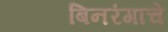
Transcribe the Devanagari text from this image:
बिनरंगाचे